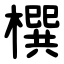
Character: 㯢